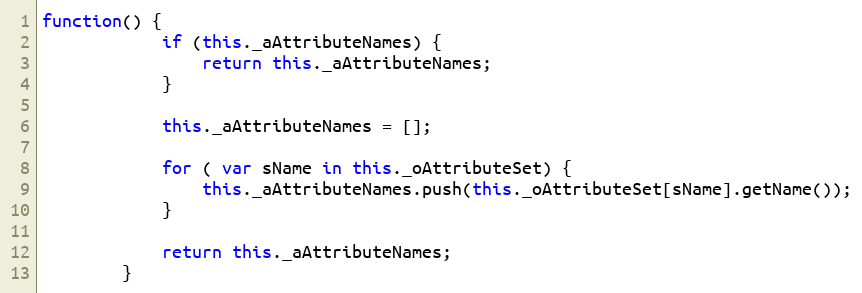
Language: JavaScript
function() {
			if (this._aAttributeNames) {
				return this._aAttributeNames;
			}

			this._aAttributeNames = [];

			for ( var sName in this._oAttributeSet) {
				this._aAttributeNames.push(this._oAttributeSet[sName].getName());
			}

			return this._aAttributeNames;
		}